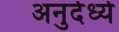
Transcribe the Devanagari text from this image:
अनुर्दर्ध्य